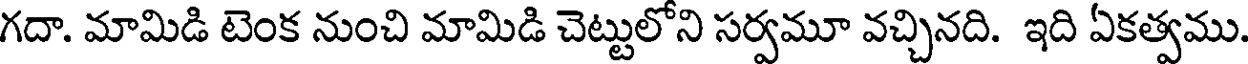
గదా. మామిడి టెంక నుంచి మామిడి చెట్టులోని సర్వమూ వచ్చినది. ఇది ఏకత్వము.